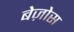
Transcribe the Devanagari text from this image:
बेज़ोस